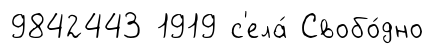
9842443 1919 с'ела́ Свобо́дно